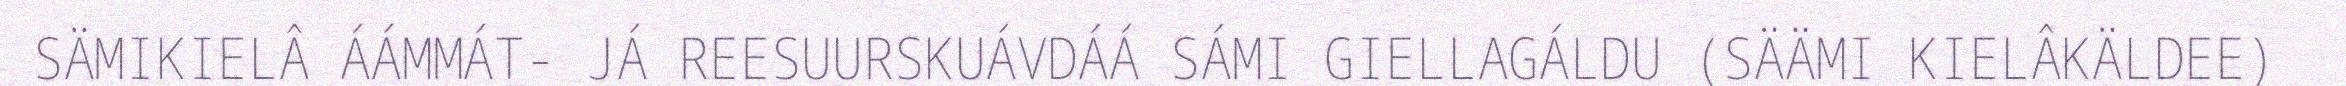
SÄMIKIELÂ ÁÁMMÁT- JÁ REESUURSKUÁVDÁÁ SÁMI GIELLAGÁLDU (SÄÄMI KIELÂKÄLDEE)